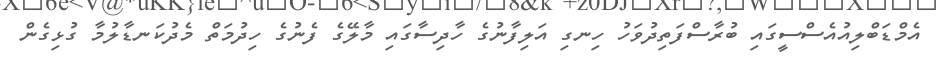
އެމްޑަބްލިއުއެސްސީގައި ބުރާސްފަތިދުވަހު ހިނގި އަލިފާނުގެ ހާދިސާގައި މާލޭގެ ފެނުގެ ހިދުމަތް މެދުކަނޑާލުމާ ގުޅިގެން